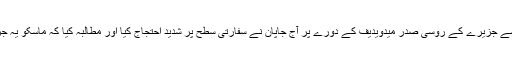
ان میں سے ایک چھوٹے سے جزیرے کے روسی صدر میدویدیف کے دورے پر آج جاپان نے سفارتی سطح پر شدید احتجاج کیا اور مطالبہ کیا کہ ماسکو یہ جزائر جاپان کو واپس کرے۔